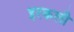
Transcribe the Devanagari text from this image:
इरकली